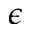
\epsilon